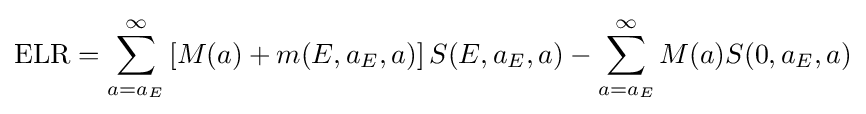
\mathrm {ELR} =\sum _{a=a_{E}}^{\infty }\left[M(a)+m(E,a_{E},a)\right]S(E,a_{E},a)-\sum _{a=a_{E}}^{\infty }M(a)S(0,a_{E},a)